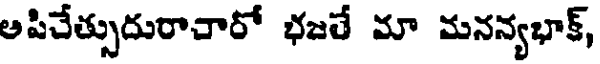
అపిచేత్సుదురాచారో భజతే మా మనన్యభాక్,